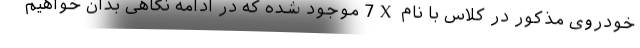
خودروی مذکور در کلاس با نام 7X موجود شده که در ادامه نگاهی بدان خواهیم